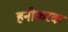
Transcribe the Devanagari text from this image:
हनीकरक